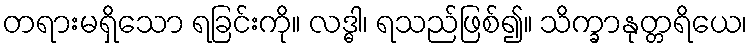
တရားမရှိသော ရခြင်းကို။ လဒ္ဓါ၊ ရသည်ဖြစ်၍။ သိက္ခာနုတ္တရိယေ၊